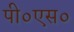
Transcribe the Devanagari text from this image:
पी०एस०